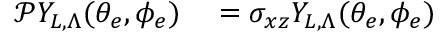
\begin{array} { r l } { \mathcal { P } Y _ { L , \Lambda } ( \theta _ { e } , \phi _ { e } ) } & { { } = \sigma _ { x z } Y _ { L , \Lambda } ( \theta _ { e } , \phi _ { e } ) } \end{array}